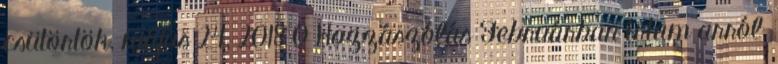
csütörtök, május 24, 2018 0 Hozzászólás Februárban írtam arról,